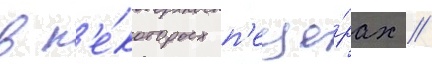
в н'е́которых п'еще́рах //